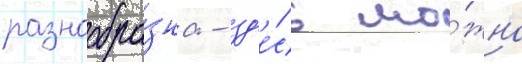
разнообра́зна - зд'е́сь мо́жно